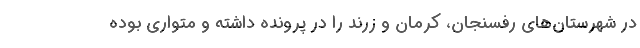
در شهرستان‌های رفسنجان، کرمان و زرند را در پرونده داشته و متواری بوده